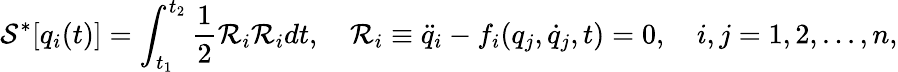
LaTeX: \mathcal{S}^{*}[q_{i}(t)]=\int_{t_{1}}^{t_{2}}\frac{1}{2}\mathcal{R}_{i}\mathcal{R}_{i}dt,\quad\mathcal{R}_{i}\equiv\ddot{q}_{i}-f_{i}(q_{j},\dot{q}_{j},t)=0,\quad i,j=1,2,...,n,